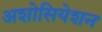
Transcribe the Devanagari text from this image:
अशोसियेशन